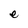
Character: e